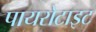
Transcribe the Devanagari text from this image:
पायरोटाइट